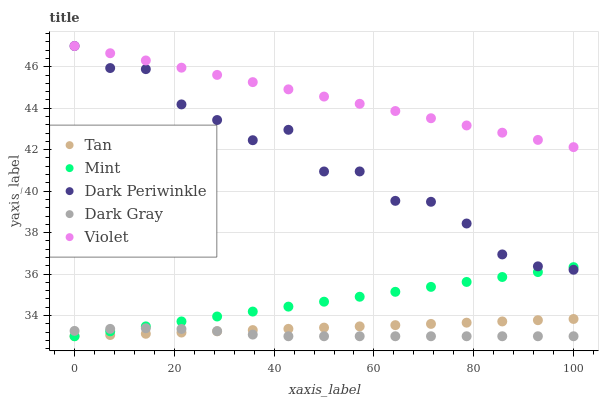
| xaxis_label | Tan | Mint | Dark Periwinkle | Dark Gray | Violet |
 | --- | --- | --- | --- | --- | --- |
 | 0 | 33 | 33 | 47 | 33.3 | 47 |
 | 7.14 | 33.1 | 33.2 | 45.9 | 33.4 | 46.7 |
 | 14.3 | 33.1 | 33.5 | 45.9 | 33.4 | 46.3 |
 | 21.4 | 33.2 | 33.7 | 44.2 | 33.4 | 46 |
 | 28.6 | 33.2 | 34 | 43.4 | 33.2 | 45.6 |
 | 35.7 | 33.3 | 34.2 | 42.5 | 33.1 | 45.3 |
 | 42.9 | 33.4 | 34.4 | 43 | 33 | 44.9 |
 | 50 | 33.4 | 34.7 | 40.9 | 33 | 44.6 |
 | 57.1 | 33.5 | 34.9 | 41 | 33 | 44.2 |
 | 64.3 | 33.5 | 35.1 | 39.5 | 33 | 43.9 |
 | 71.4 | 33.6 | 35.4 | 39.5 | 33 | 43.5 |
 | 78.6 | 33.7 | 35.6 | 38.4 | 33 | 43.2 |
 | 85.7 | 33.7 | 35.9 | 36.9 | 33 | 42.8 |
 | 92.9 | 33.8 | 36.1 | 36.4 | 33 | 42.5 |
 | 100 | 33.8 | 36.3 | 36.2 | 33 | 42.1 |